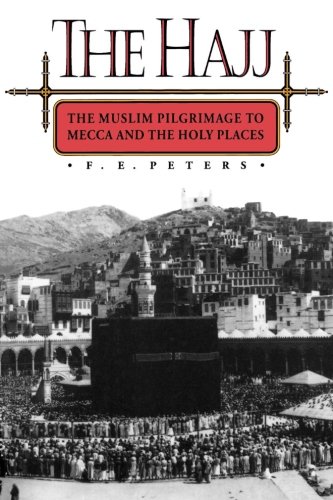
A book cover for The Hajj: The Muslim Pilgrimage to Mecca and the Holy Places; F. E. Peters; Religion & Spirituality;